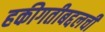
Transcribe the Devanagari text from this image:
हकीगतीबद्दलची